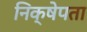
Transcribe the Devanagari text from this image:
निक्षेपता